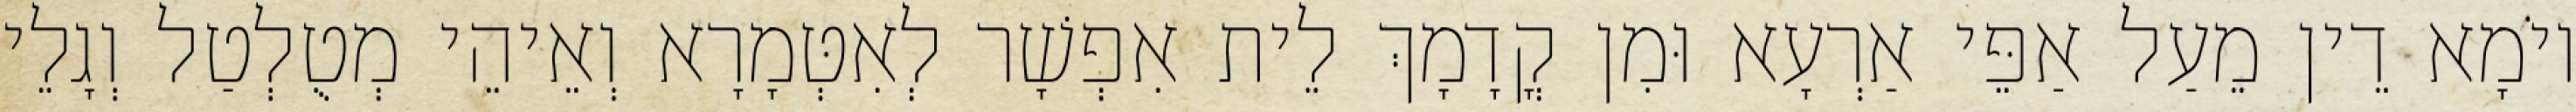
יוֹמָא דֵין מֵעַל אַפֵּי אַרְעָא וּמִן קֳדָמָךְ לֵית אִפְשָׁר לְאִטְּמָרָא וְאֵיהֵי מְטֻלְטַל וְגָלֵי